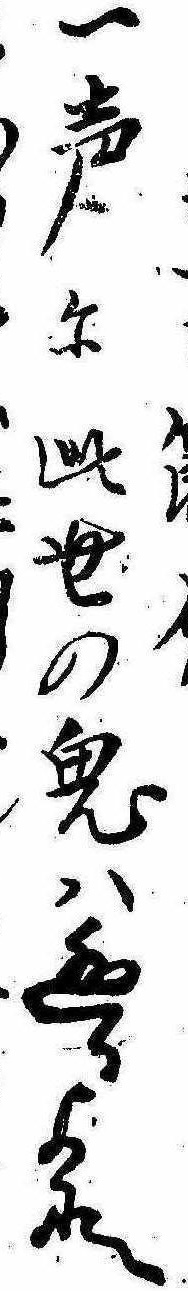
一声に此世の鬼は逃るよな